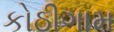
કોઠીગામ